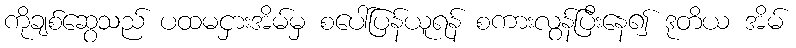
ကိုချစ်ဆွေသည် ပထမငှားအိမ်မှ စပေါ်ပြန်ယူရန် စကားလွန်ပြီးနေ၍ ဒုတိယ အိမ်